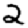
Digit: 2